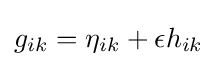
g_{ik}=\eta _{ik}+\epsilon h_{ik}